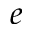
e